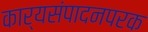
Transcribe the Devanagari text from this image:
कार्यसंपादनपरक